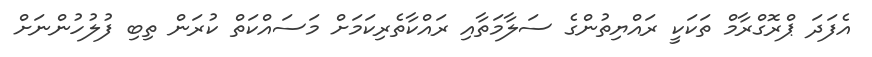
އެފަދަ ޕްރޮގްރާމް ތަކަކީ ރައްޔިތުންގެ ސަލާމަތާއި ރައްކާތެރިކަމަށް މަސައްކަތް ކުރަން ތިބި ފުލުހުންނަށް